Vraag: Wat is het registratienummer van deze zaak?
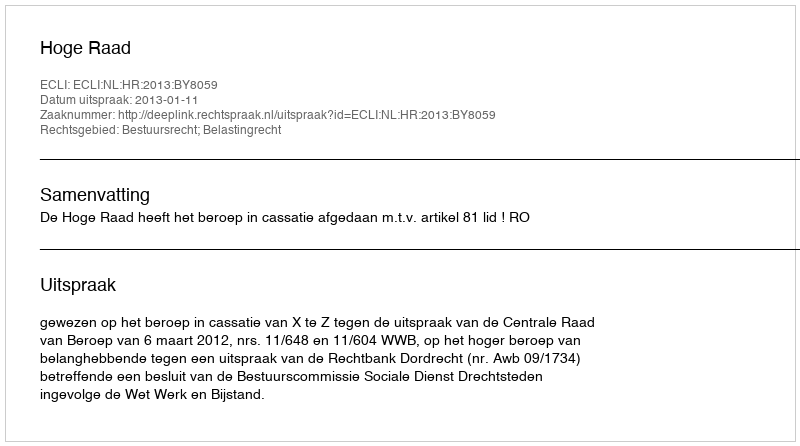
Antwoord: http://deeplink.rechtspraak.nl/uitspraak?id=ECLI:NL:HR:2013:BY8059